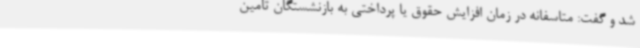
شد و گفت: متاسفانه در زمان افزایش حقوق یا پرداختی به بازنشستگان تامین